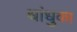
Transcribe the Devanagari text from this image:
धांधुका